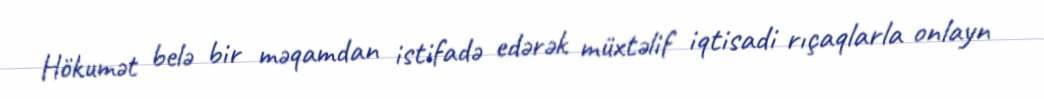
Hökumət belə bir məqamdan istifadə edərək müxtəlif iqtisadi rıçaqlarla onlayn